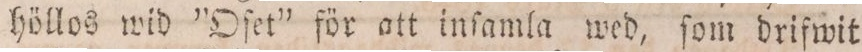
höllos wid ”Oſet” för att inſamla wed, ſom drifwit